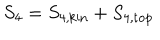
S _ { 4 } = S _ { 4 , \mathrm { k i n } } + S _ { 4 , \mathrm { t o p } }